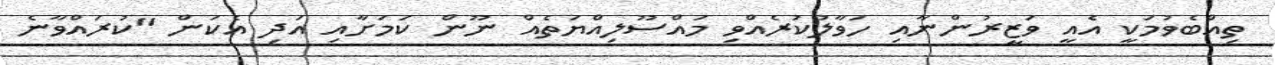
ތިއްބެވުމަކީ އެއީ ވަޒީރުންނާއި ހަވާލުކުރެއްވި މައްސޫލިއްޔަތެއް ނޫން ކަމަށާއި އަދި އެކަން "ކުރައްވާނެ